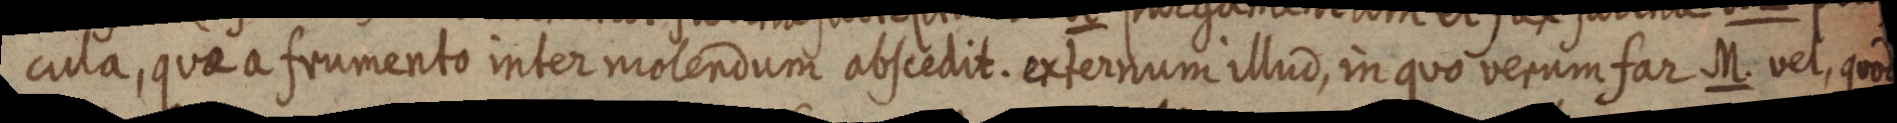
cula, quae a frumento inter molendum abscedit. externum illud, in quo verum far M. vel, quod